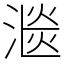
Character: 㴴